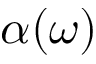
\alpha ( \omega )